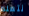
نتعلم